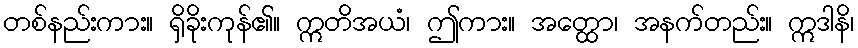
တစ်နည်းကား။ ရှိခိုးကုန်၏။ ဣတိအယံ၊ ဤကား။ အတ္ထော၊ အနက်တည်း။ ဣဒါနိ၊